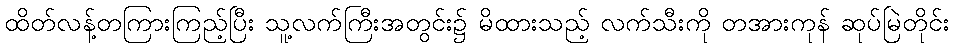
ထိတ်လန့်တကြားကြည့်ပြီး သူ့လက်ကြီးအတွင်း၌ မိထားသည့် လက်သီးကို တအားကုန် ဆုပ်မြဲတိုင်း